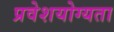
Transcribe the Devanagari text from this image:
प्रवेशयोग्यता